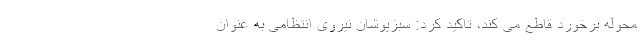
محوله برخورد قاطع می کند، تاکید کرد: سبزپوشان نیروی انتظامی به عنوان